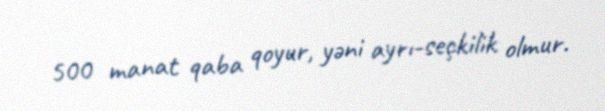
500 manat qaba qoyur, yəni ayrı-seçkilik olmur.